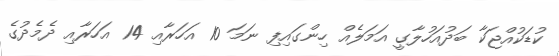
ކުޑަކުއްޖަކާ ބަދުއަހުލާގީ އަމަލެއް ހިންގައިފި ނަމަ 10 އަހަރާއި 14 އަހަރާއި ދެމެދުގެ